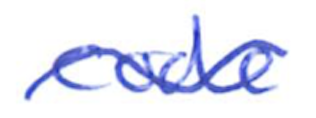
Text: code
Cross-out: wave
Writing tool: ballpoint